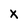
Character: X